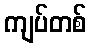
ကျပ်တစ်